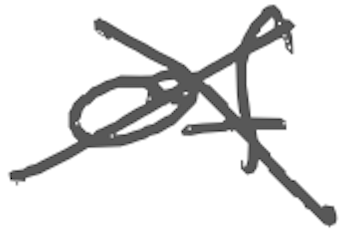
Text: of
Cross-out: cross
Writing tool: digital_gray